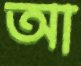
আ